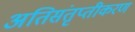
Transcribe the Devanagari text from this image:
अतिसंतृप्तीकरण